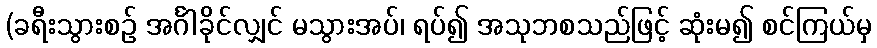
(ခရီးသွားစဉ် အင်္ဂါခိုင်လျှင် မသွားအပ်၊ ရပ်၍ အသုဘစသည်ဖြင့် ဆုံးမ၍ စင်ကြယ်မှ